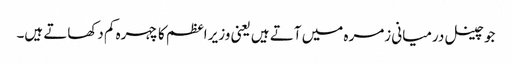
جو چینل درمیانی زمرہ میں آتے ہیں یعنی وزیر اعظم کا چہرہ کم دکھاتے ہیں۔